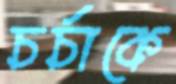
চর্চাকে